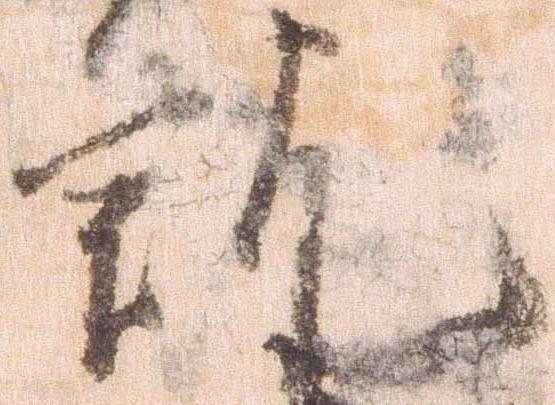
訖